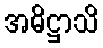
အဓိဋ္ဌာသိ